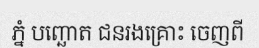
ភ្នំ បញ្ឆោត ជនរងគ្រោះ ចេញពី